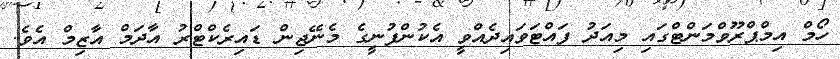
ހޯމް އިމްޕްރޫވްމަންޓްގައި މިއަދު ފައްޓަވައިދެއްވީ އެކުންފުނީގެ މެނޭޖިން ޑައިރެކްޓްރު އާދަމް އާޒިމް އެވެ.